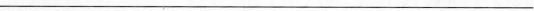
___